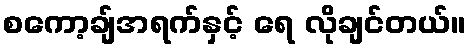
စကော့ချ်အရက်နှင့် ရေ လိုချင်တယ်။